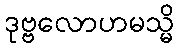
ဒုဗ္ဗလောဟမသ္မိ